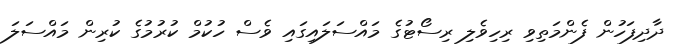
ދާދިފަހުން ފެންމަތިވި ރިހިވެލި ރިސޯޓުގެ މައްސަލައިގައި ވެސް ހުކުމް ކުރުމުގެ ކުރިން މައްސަލަ